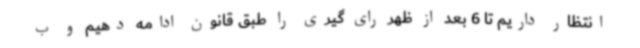
انتظار داریم تا 6 بعد از ظهر رای گیری را طبق قانون ادامه دهیم و ب